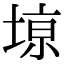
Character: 𫮎